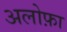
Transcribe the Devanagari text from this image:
अलोफ़ा